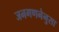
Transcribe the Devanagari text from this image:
जनगणनेनुसा